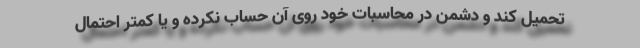
تحمیل کند و دشمن در محاسبات خود روی آن حساب نکرده و یا کمتر احتمال